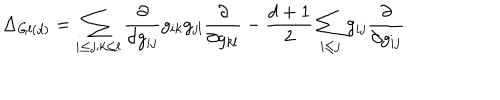
\Delta _ { G l ( d ) } = \sum _ { i \leq j ; k \leq l } \frac { \partial } { \partial g _ { i j } } g _ { i k } g _ { j l } \frac { \partial } { \partial g _ { k l } } - \frac { d + 1 } { 2 } \sum _ { i \leq j } g _ { i j } \frac { \partial } { \partial g _ { i j } }